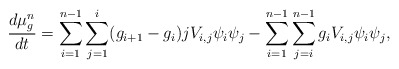
\begin{align*} \frac{d\mu_g^n}{dt} &= \sum_{i=1}^{n-1}\sum_{j=1}^{i}(g_{i+1}-g_i)jV_{i,j}\psi_i\psi_j - \sum_{i=1}^{n-1}\sum_{j=i}^{n-1}g_{i}V_{i,j}\psi_i\psi_j,\end{align*}